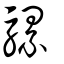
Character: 騾